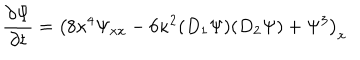
LaTeX: { \frac { \partial \Psi } { \partial t } } = \left( 8 \kappa ^ { 4 } \Psi _ { x x } - 6 \kappa ^ { 2 } ( D _ { 1 } \Psi ) ( D _ { 2 } \Psi ) + \Psi ^ { 3 } \right) _ { x }